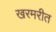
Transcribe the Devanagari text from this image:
खरमरीत